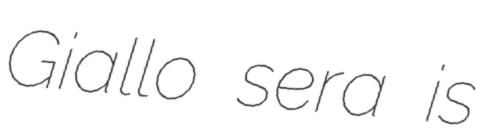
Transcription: Giallo sera is